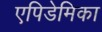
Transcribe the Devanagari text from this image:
एपिडेमिका